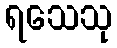
ရသေသု